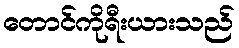
တောင်ကိုရီးယားသည်